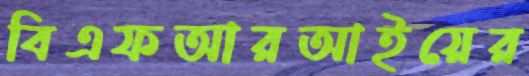
বিএফআরআইয়ের